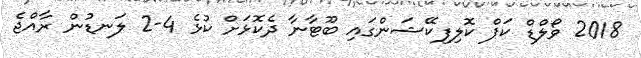
2018 ވޯލްޑް ކަޕް ކޮލިފިކޭޝަންގައި ބޫޓާނާ ދެކޮޅަށް ކުޅެ 4-2 ލަނޑުން ރާއްޖެ